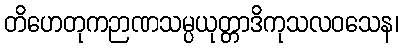
တိဟေတုကဉာဏသမ္ပယုတ္တာဒိကုသလဝသေန၊